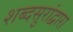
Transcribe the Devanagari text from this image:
शब्दसुरांद्वारा